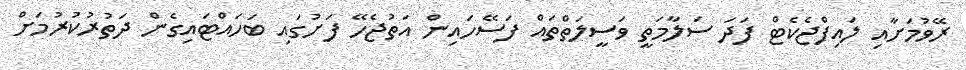
ރޭވުމަށާއި ލައިފްޖެކެޓް ފަދަ ސަލާމަތީ ވަސީލަތްތައް ފަސޭހައިން އަތުޖެހޭ ފަށުގައި ބަހައްޓައިގެން ދަތުރުކުރުމަށް